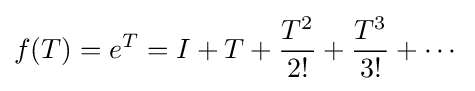
f(T)=e^{T}=I+T+{\frac {T^{2}}{2!}}+{\frac {T^{3}}{3!}}+\cdots